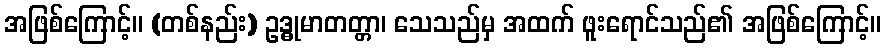
အဖြစ်ကြောင့်။ (တစ်နည်း) ဥဒ္ဓုမာတတ္တာ၊ သေသည်မှ အထက် ဖူးရောင်သည်၏ အဖြစ်ကြောင့်။